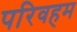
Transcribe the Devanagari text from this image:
परिवहम